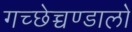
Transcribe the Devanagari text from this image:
गच्छेच्चण्डालो